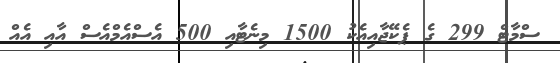
ސްމާޓް 299 ގެ ޕެކޭޖާއިއެކު 1500 މިނެޓާއި 500 އެސްއެމްއެސް އާއި އެއް